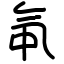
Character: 㲴